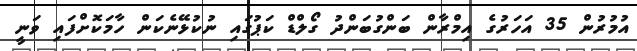
އުމުރުން 35 އަހަރުގެ އިމްރާން ބަންގުބަންދު ގޯލްޑް ކަޕުގައި ނުކުޅޭނެކަން ހާމަކޮށްފައި ވަނީ